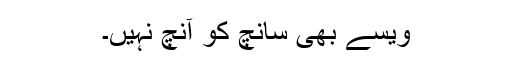
ویسے بھی سانچ کو آنچ نہیں۔